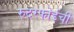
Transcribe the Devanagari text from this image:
रुदरफोर्डची